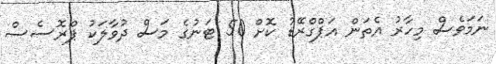
ނަމަވެސް މިހާރު އެތަން އަޕްގްރޭޑު ކޮށް 50 ޓަނުގެ މަސް ދުވާލަކު ޕްރޮސެސް